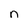
Character: n